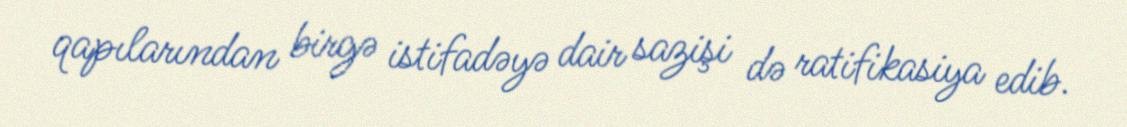
qapılarından birgə istifadəyə dair sazişi də ratifikasiya edib.